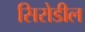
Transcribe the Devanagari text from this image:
सिरोडील